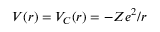
V ( r ) = V _ { C } ( r ) = - Z e ^ { 2 } / r